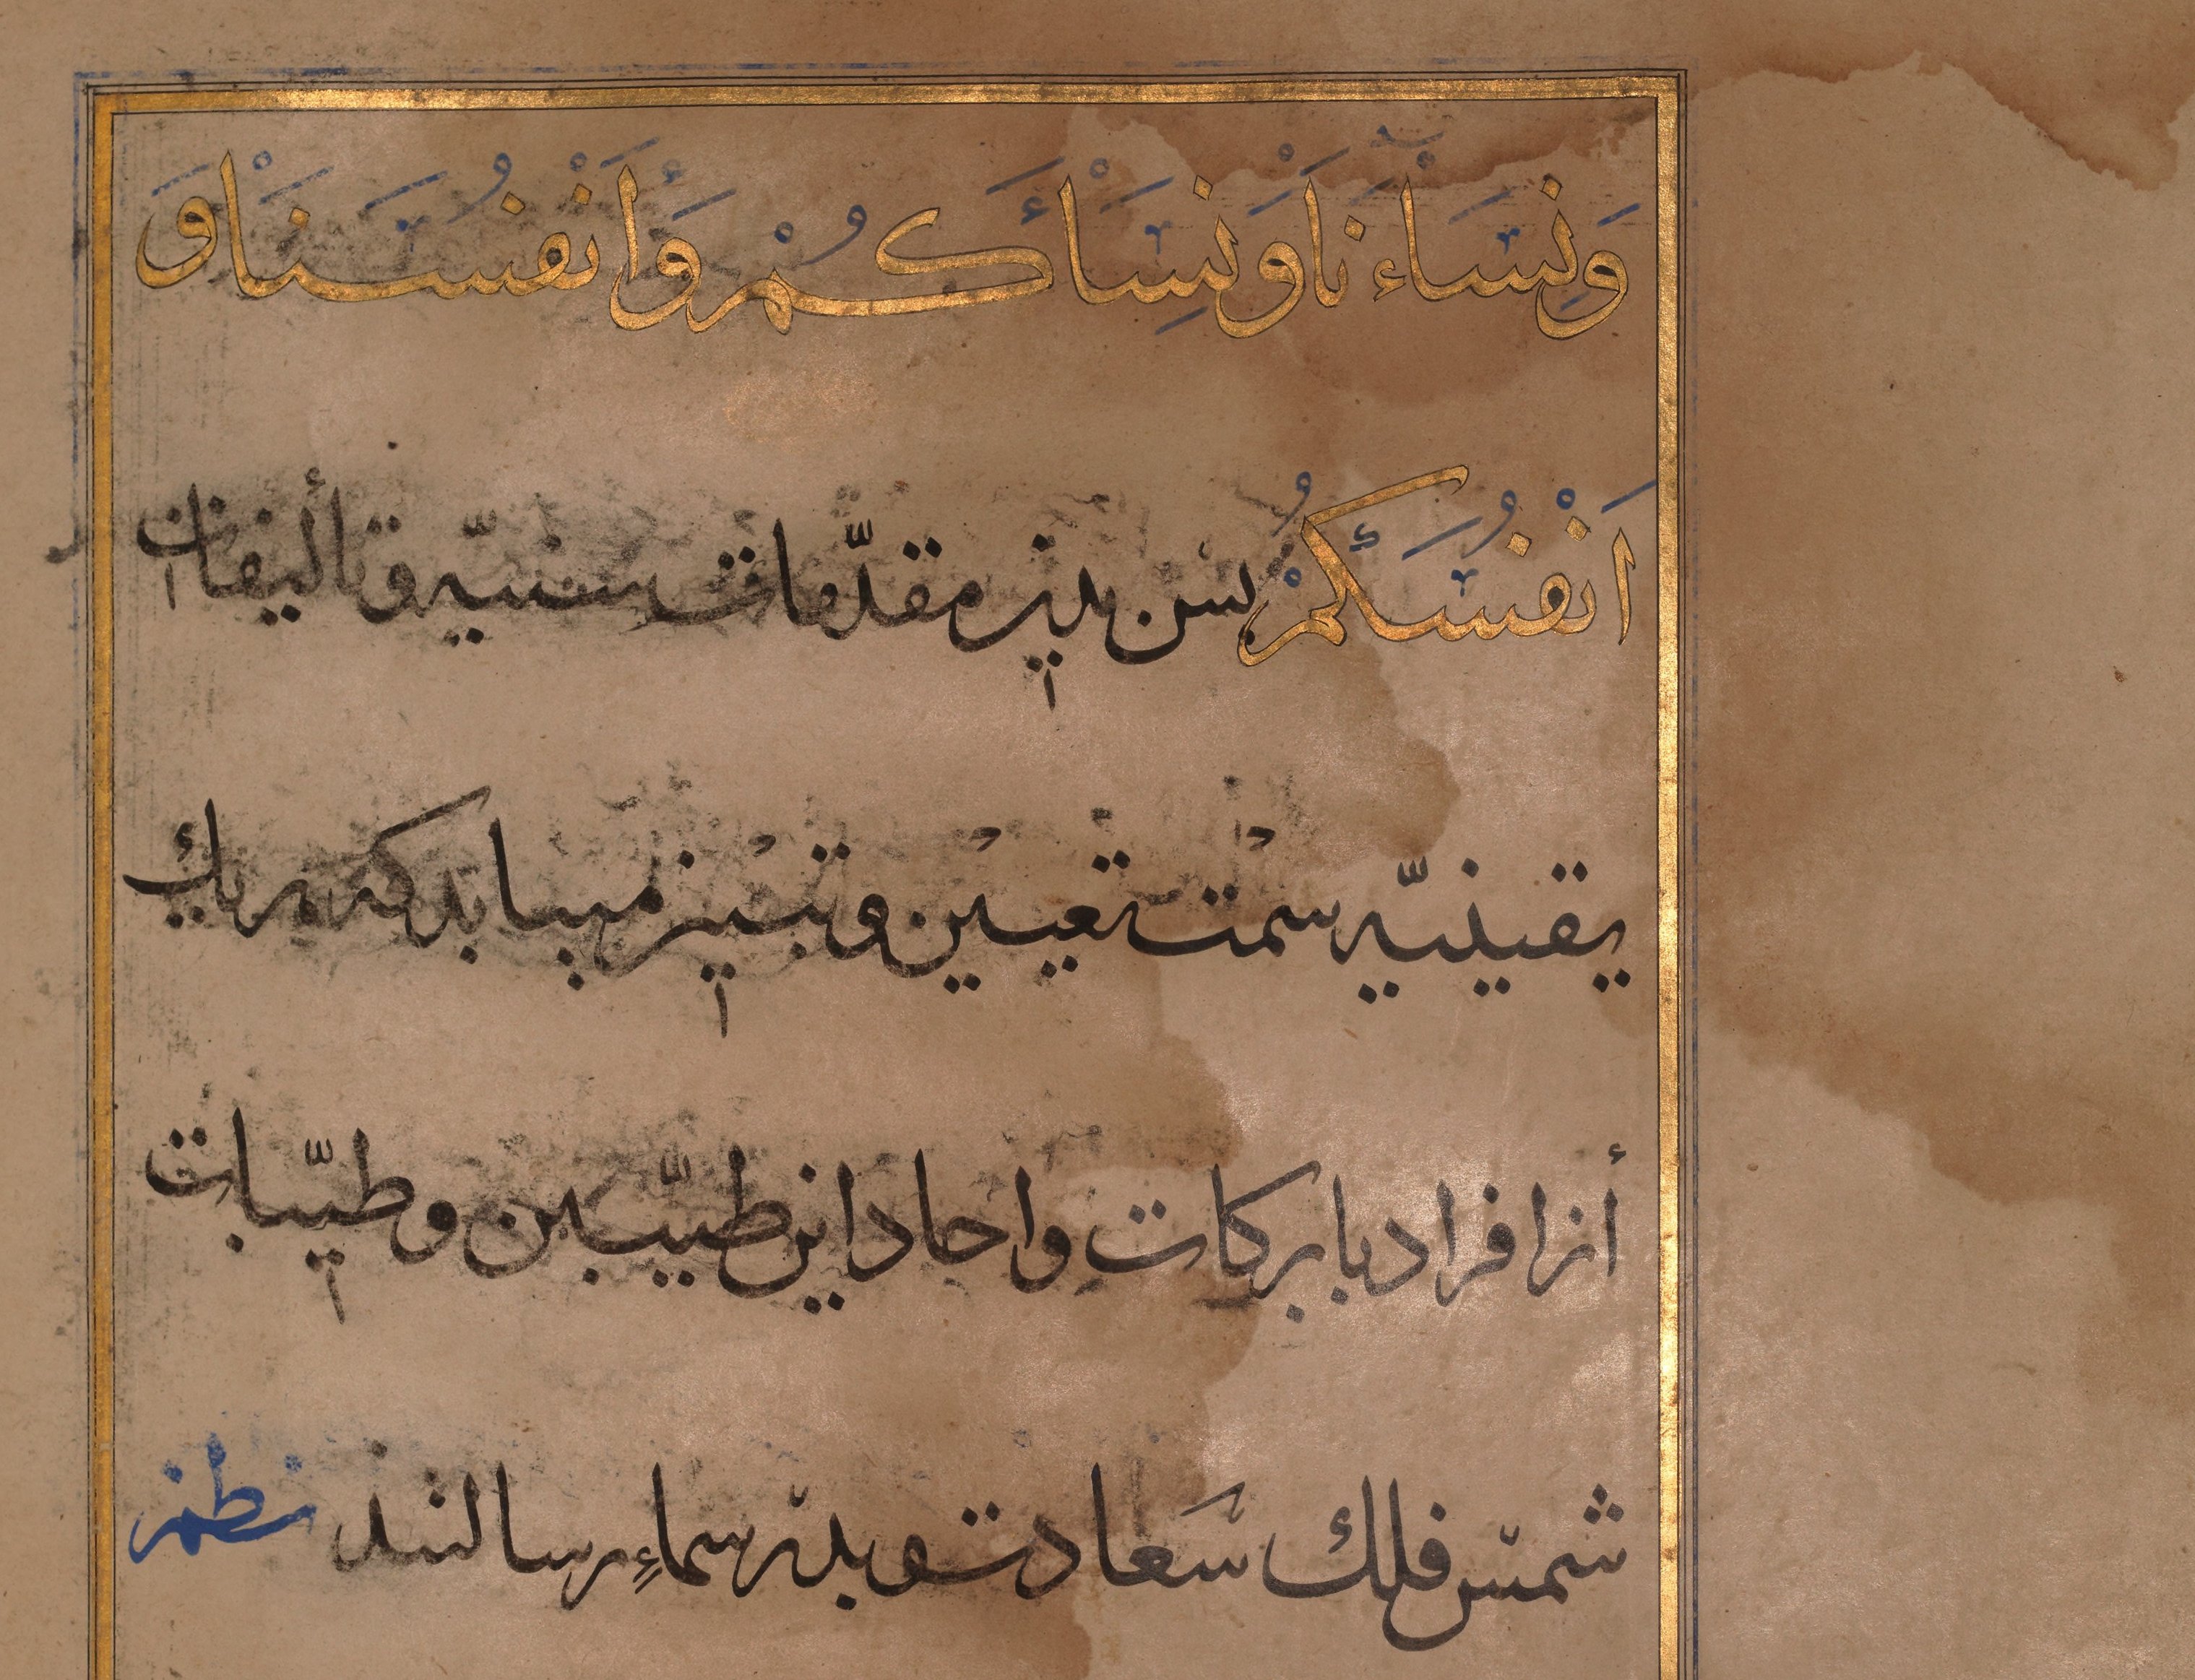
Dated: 1467–1467